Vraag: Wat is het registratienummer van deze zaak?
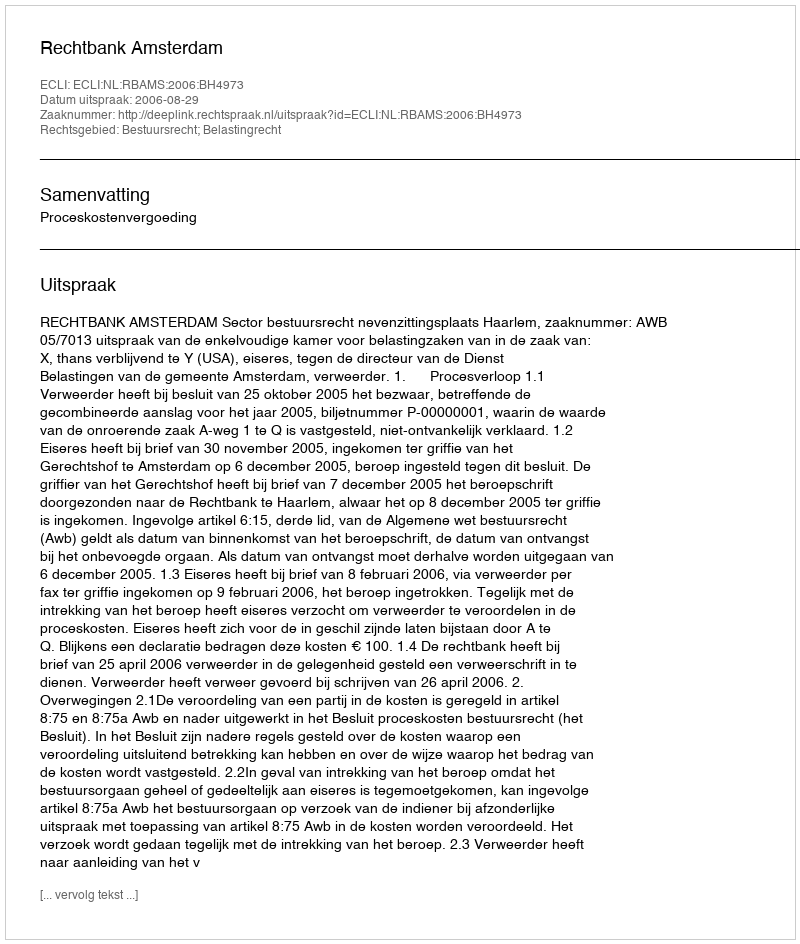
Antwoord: http://deeplink.rechtspraak.nl/uitspraak?id=ECLI:NL:RBAMS:2006:BH4973